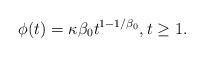
LaTeX: \begin{align*}\phi(t) = \kappa \beta_0 t^{1 -1/\beta_0},t \ge 1.\end{align*}